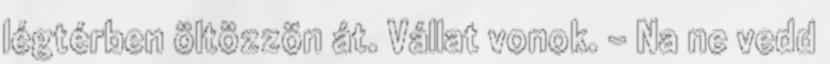
légtérben öltözzön át. Vállat vonok. - Na ne vedd